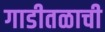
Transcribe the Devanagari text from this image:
गाडीतळाची